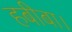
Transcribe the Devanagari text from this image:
हबीबा।